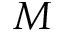
M